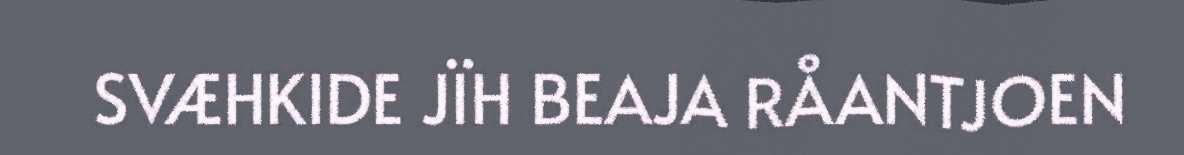
SVÆHKIDE JÏH BEAJA RÅANTJOEN